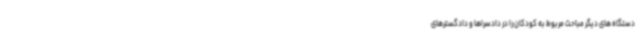
دستگاه های دیگر مباحث مربوط به کودکان را در دادسراها و دادگسترهای